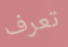
تعرف